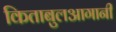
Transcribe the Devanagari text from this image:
किताबुलआगानी